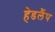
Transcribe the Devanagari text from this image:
हेडलैंप